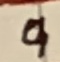
Text: 9